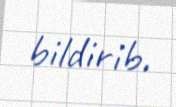
bildirib.